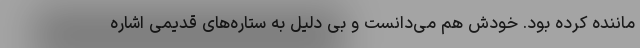
ماننده کرده بود. خودش هم می‌دانست و بی دلیل به ستاره‌های قدیمی اشاره